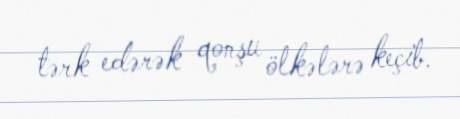
tərk edərək qonşu ölkələrə keçib.